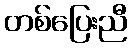
တစ်ပြေးညီ